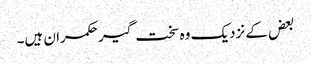
بعض کے نزدیک وہ سخت گیر حکمران ہیں۔